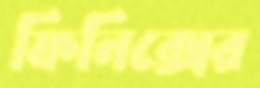
ফিনিক্সের